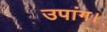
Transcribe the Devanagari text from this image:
उपांग।